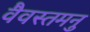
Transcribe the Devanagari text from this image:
वैवस्तमनु